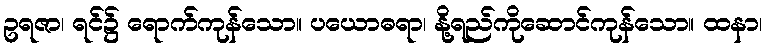
ဥရဇာ၊ ရင်၌ ရောက်ကုန်သော။ ပယောဓရာ၊ နို့ရည်ကိုဆောင်ကုန်သော။ ထနာ၊